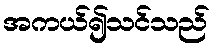
အကယ်၍သင်သည်